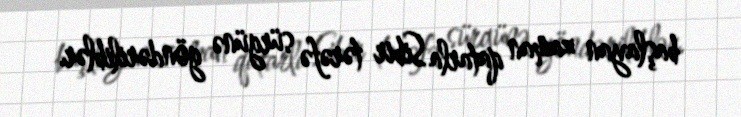
başlayan zaman qatarla Sibir tərəfə sürgünə göndəriliblər.